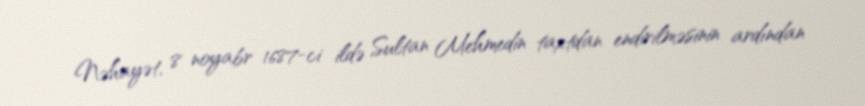
Nəhayət, 8 noyabr 1687-ci ildə Sultan Mehmedin taxtdan endirilməsinin ardından